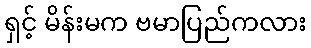
ရှင့် မိန်းမက ဗမာပြည်ကလား